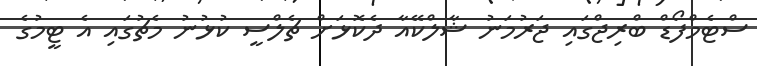
ސްޓެމްފޯޑް ބްރިޖްގަައި ޖަރުމަނު ޝާލްކޭއާ ދެކޮޅަށް ޗެލްސީ ކުޅުނު މެޗުގައި އެ ޓީމުގެ